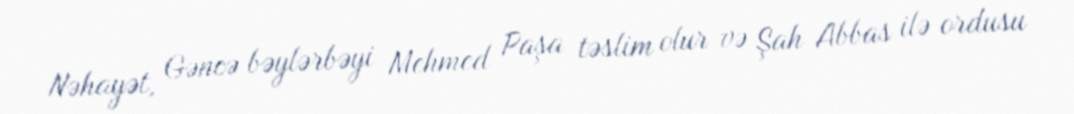
Nəhayət, Gəncə bəylərbəyi Mehmed Paşa təslim olur və Şah Abbas ilə ordusu